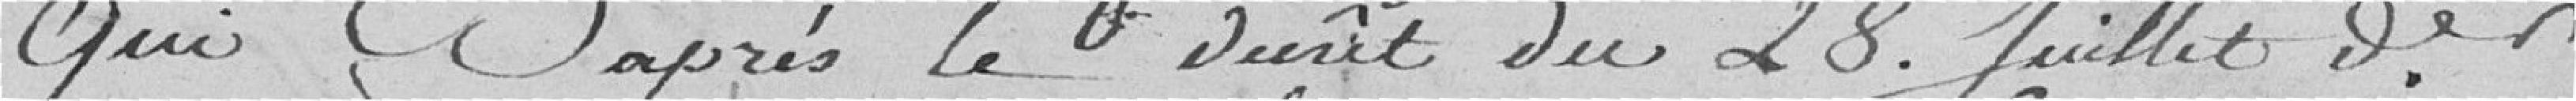
qui D'après le décrêt du 28 Juiller dernier